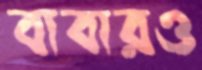
বাবারও